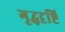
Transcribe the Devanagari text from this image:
गृद्धदृष्टि